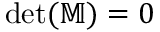
\operatorname* { d e t } ( \mathbb { M } ) = 0